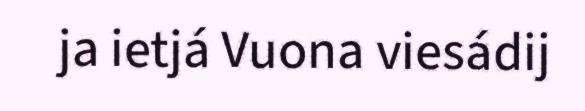
ja ietjá Vuona viesádij